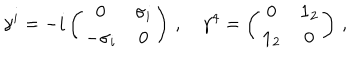
\gamma ^ { i } = - i \left( \begin{array} { c c } { { 0 } } & { { \sigma _ { i } } } \\ { { - \sigma _ { i } } } & { { 0 } } \\ \end{array} \right) \, , \quad \gamma ^ { 4 } = \left( \begin{array} { c c } { { 0 } } & { { { \bf 1 } _ { 2 } } } \\ { { { \bf 1 } _ { 2 } } } & { { 0 } } \\ \end{array} \right) \, ,